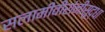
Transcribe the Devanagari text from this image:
सलामीवीरांनीसुद्धा